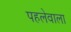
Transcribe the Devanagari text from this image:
पहलेवाला